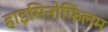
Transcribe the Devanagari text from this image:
हाइमिनोफिलम